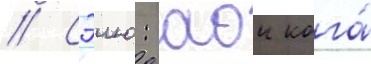
// Сэию: аои кога́